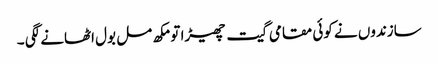
سازندوں نے کوئی مقامی گیت چھیڑا تو مکھ مل بول اٹھانے لگی ۔